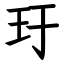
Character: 玗